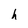
Character: h